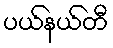
ပယ်နယ်တီ